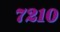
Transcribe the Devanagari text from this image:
७२१०